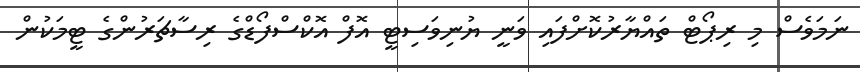
ނަމަވެސް މި ރިޕޯޓް ތައްޔާރުކޮށްފައި ވަނީ ޔުނިވަސިޓީ އޮފް އޮކްސްފޯޑްގެ ރިސާޗަރުންގެ ޓީމަކުން